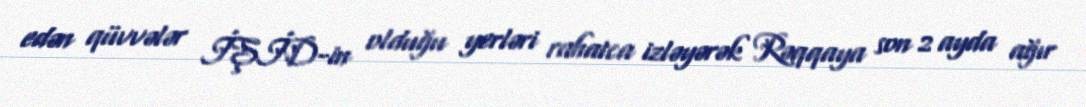
edən qüvvələr İŞİD-in olduğu yerləri rahatca izləyərək Rəqqaya son 2 ayda ağır